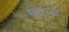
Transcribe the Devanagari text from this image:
मोरजा